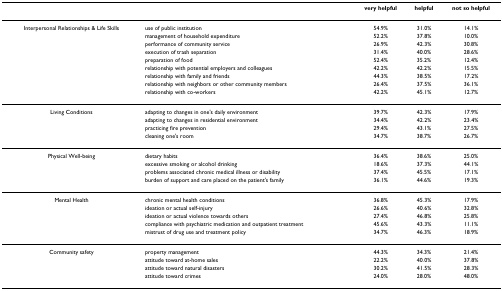
|  |  | very helpful | helpful | not so helpful |
 | --- | --- | --- | --- | --- |
 | Interpersonal Relationships & Life Skills | use of public institution | 54.9% | 31.0% | 14.1% |
 |  | management of household expenditure | 52.2% | 37.8% | 10.0% |
 |  | performance of community service | 26.9% | 42.3% | 30.8% |
 |  | execution of trash separation | 31.4% | 40.0% | 28.6% |
 |  | preparation of food | 52.4% | 35.2% | 12.4% |
 |  | relationship with potential employers and colleagues | 42.2% | 42.2% | 15.5% |
 |  | relationship with family and friends | 44.3% | 38.5% | 17.2% |
 |  | relationship with neighbors or other community members | 26.4% | 37.5% | 36.1% |
 |  | relationship with co-workers | 42.2% | 45.1% | 12.7% |
 | Living Conditions | adapting to changes in one's daily environment | 39.7% | 42.3% | 17.9% |
 |  | adapting to changes in residential environment | 34.4% | 42.2% | 23.4% |
 |  | practicing fire prevention | 29.4% | 43.1% | 27.5% |
 |  | cleaning one's room | 34.7% | 38.7% | 26.7% |
 | Physical Well-being | dietary habits | 36.4% | 38.6% | 25.0% |
 |  | excessive smoking or alcohol drinking | 18.6% | 37.3% | 44.1% |
 |  | problems associated chronic medical illness or disability | 37.4% | 45.5% | 17.1% |
 |  | burden of support and care placed on the patient's family | 36.1% | 44.6% | 19.3% |
 | Mental Health | chronic mental health conditions | 36.8% | 45.3% | 17.9% |
 |  | ideation or actual self-injury | 26.6% | 40.6% | 32.8% |
 |  | ideation or actual violence towards others | 27.4% | 46.8% | 25.8% |
 |  | compliance with psychiatric medication and outpatient treatment | 45.6% | 43.3% | 11.1% |
 |  | mistrust of drug use and treatment policy | 34.7% | 46.3% | 18.9% |
 | Community safety | property management | 44.3% | 34.3% | 21.4% |
 |  | attitude toward at-home sales | 22.2% | 40.0% | 37.8% |
 |  | attitude toward natural disasters | 30.2% | 41.5% | 28.3% |
 |  | attitude toward crimes | 24.0% | 28.0% | 48.0% |